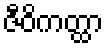
ဇီဝိကတ္ထာ